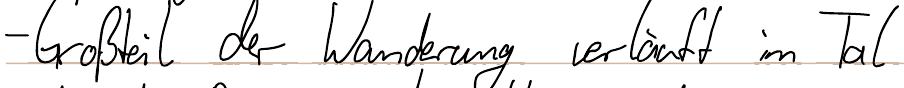
- Großteil der Wanderung verläuft im Tal